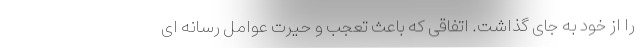
را از خود به جای گذاشت. اتفاقی که باعث تعجب و حیرت عوامل رسانه ای